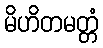
မိဟိတမတ္တံ